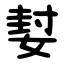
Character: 㜂